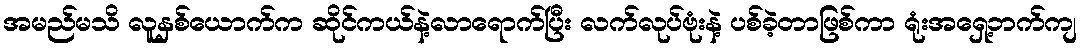
အမည်မသိ လူနှစ်ယောက်က ဆိုင်ကယ်နဲ့လာရောက်ပြီး လက်လုပ်ဗုံးနဲ့ ပစ်ခဲ့တာဖြစ်ကာ ရုံးအရှေ့ဘက်ကျ